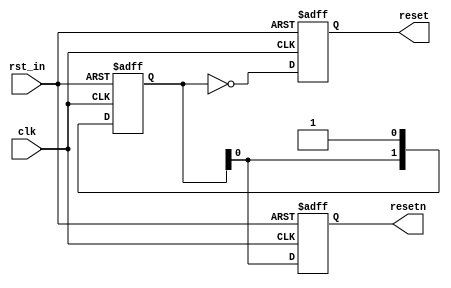
////////////////////////////////////////////////////////////////////////////////
// Description:
//	Resolve different clocks with the same reset.
//
////////////////////////////////////////////////////////////////////////////////

module reset_sync(
	clk,
	rst_in,
	reset,
	resetn
);

parameter SYNC_CYCLES=2;
parameter IN_POLARITY=1;
parameter OUT_POLARITY=1;

(* X_INTERFACE_INFO = "xilinx.com:signal:clock:1.0 clk CLK" *)
input	clk;
input	rst_in;
(* X_INTERFACE_INFO = "xilinx.com:signal:reset:1.0 reset RST" *)
(* X_INTERFACE_PARAMETER = "POLARITY ACTIVE_HIGH, ASSOCIATED_CLOCK clk" *)
output	reset;
(* X_INTERFACE_INFO = "xilinx.com:signal:reset:1.0 resetn RST" *)
(* X_INTERFACE_PARAMETER = "POLARITY ACTIVE_LOW, ASSOCIATED_CLOCK clk" *)
output	resetn;

reg reset;
reg resetn;

wire rst_a;

(* ASYNC_REG = "TRUE" *)
reg [SYNC_CYCLES-1:0] rst_sync;

assign rst_a = IN_POLARITY ? rst_in : !rst_in;

always @(posedge clk, posedge rst_a)
begin
	if(rst_a)
		rst_sync <= 'b0;
	else
		rst_sync <= {rst_sync,1'b1};
end

always @(posedge clk, posedge rst_a)
begin
	if(rst_a) begin
		reset <= 1'b1;
		resetn <= 1'b0;
	end
	else begin
		reset <= !rst_sync[SYNC_CYCLES-1:0];
		resetn <= rst_sync[SYNC_CYCLES-1:0];
	end
end

endmodule